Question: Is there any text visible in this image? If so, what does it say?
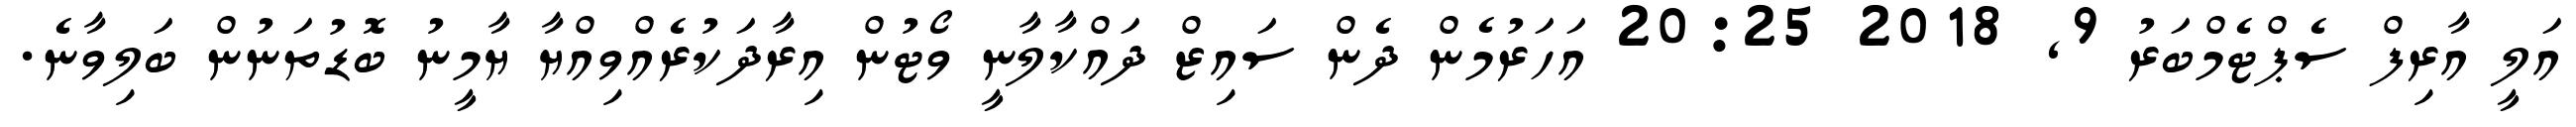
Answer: އަލީ އާރިފް ސެޕްޓެމްބަރު 9, 2018 20:25 އަހަރުމެން ދެން ސައިޒް ދައްކާލާނީ ވޯޓުން އިރާދަކުރެއްވިއްޔާ ޔާމީނު ބޮޑުތަނުން ބަލިވާނެ.